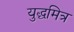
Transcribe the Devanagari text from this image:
युद्धमित्र